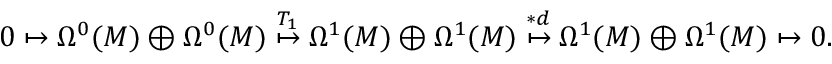
0 \mapsto \Omega ^ { 0 } ( M ) \oplus \Omega ^ { 0 } ( M ) \stackrel { T _ { 1 } } { \mapsto } \Omega ^ { 1 } ( M ) \oplus \Omega ^ { 1 } ( M ) \stackrel { * d } { \mapsto } \Omega ^ { 1 } ( M ) \oplus \Omega ^ { 1 } ( M ) \mapsto 0 .